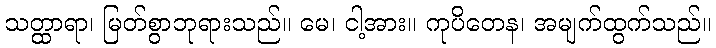
သတ္ထာရာ၊ မြတ်စွာဘုရားသည်။ မေ၊ ငါ့အား။ ကုပိတေန၊ အမျက်ထွက်သည်။